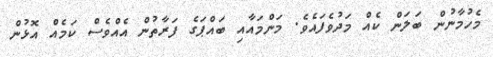
މެހުމާނުން ބަލަން ކެއް މަދުވެފައެވެ. މަންމައާއި ބައްޕަގެ ފަރާތުން އެއްވެސް ކަމެއް އޮޅުން